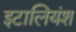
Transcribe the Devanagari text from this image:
इटालियंश